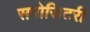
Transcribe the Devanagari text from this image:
सपोजिटरी